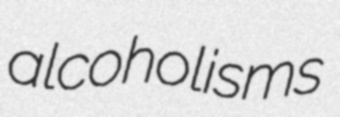
alcoholisms